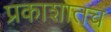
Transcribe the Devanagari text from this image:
प्रकाशातच